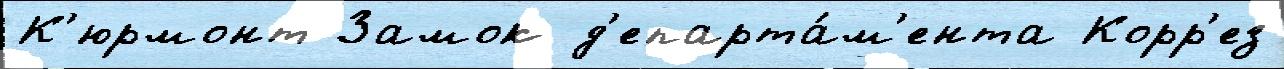
К'юрмонт Замок д'епарта́м'ента Корр'ез